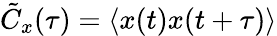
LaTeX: \tilde{C}_{x}(\tau)=\langle x(t)x(t+\tau)\rangle